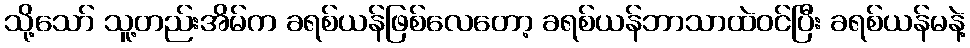
သို့သော် သူ့တည်းအိမ်က ခရစ်ယန်ဖြစ်လေတော့ ခရစ်ယန်ဘာသာထဲဝင်ပြီး ခရစ်ယန်မနဲ့